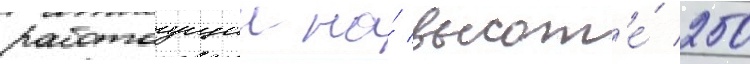
работаущии на́ высот'е́ 250